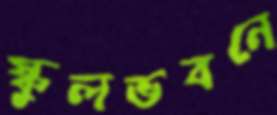
স্কুলভবনে